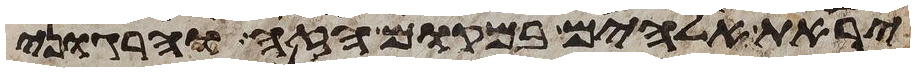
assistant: יראת אלהים במקום הזה והרגוני